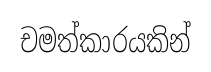
චමත්කාරයකින්